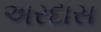
અરદાસ